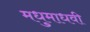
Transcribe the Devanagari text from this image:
मधुमाधवी